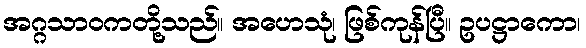
အဂ္ဂသာဝကတို့သည်။ အဟေသုံ၊ ဖြစ်ကုန်ပြီ။ ဥပဋ္ဌာကော၊